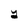
Character: Y